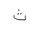
Letter: _tha